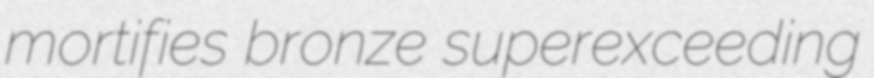
mortifies bronze superexceeding